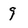
Character: 9